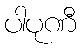
ပါပုဏီ